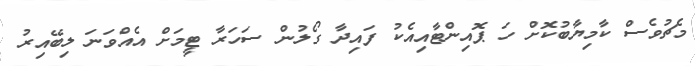
މެޗުވެސް ކާމިޔާބުކޮށް ހަ ޕޮއިންޓާއިއެކު ފައިދާ ގޯލުން ސަހަރާ ޓީމަށް އެއްވަނަ ލިބޭއިރު